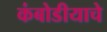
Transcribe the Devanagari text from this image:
कंबोडीयाचे